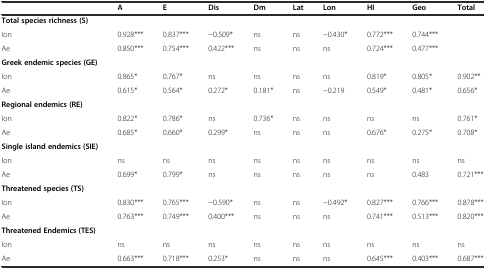
|  | A | E | Dis | Dm | Lat | Lon | HI | Geo | Total |
 | --- | --- | --- | --- | --- | --- | --- | --- | --- | --- |
 | Total species richness (S) | <COLSPAN=9>  |
 | Ion | 0.928*** | 0.837*** | -0.509* | ns | ns | -0.430* | 0.772*** | 0.744*** |  |
 | Ae | 0.850*** | 0.754*** | 0.422*** | ns | ns | ns | 0.724*** | 0.477*** |  |
 | Greek endemic species (GE) | <COLSPAN=9>  |
 | Ion | 0.865* | 0.767* | ns | ns | ns | ns | 0.819* | 0.805* | 0.902** |
 | Ae | 0.615* | 0.564* | 0.272* | 0.181* | ns | -0.219 | 0.549* | 0.481* | 0.656* |
 | Regional endemics (RE) | <COLSPAN=9>  |
 | Ion | 0.822* | 0.786* | ns | 0.736* | ns | ns | ns | ns | 0.761* |
 | Ae | 0.685* | 0.660* | 0.299* | ns | ns | ns | 0.676* | 0.275* | 0.708* |
 | Single island endemics (SIE) | <COLSPAN=9>  |
 | Ion | ns | ns | ns | ns | ns | ns | ns | ns | ns |
 | Ae | 0.699* | 0.799* | ns | ns | ns | ns | ns | 0.483 | 0.721*** |
 | Threatened species (TS) | <COLSPAN=9>  |
 | Ion | 0.830*** | 0.765*** | -0.590* | ns | ns | -0.492* | 0.827*** | 0.766*** | 0.878*** |
 | Ae | 0.763*** | 0.749*** | 0.400*** | ns | ns | ns | 0.741*** | 0.513*** | 0.820*** |
 | Threatened Endemics (TES) | <COLSPAN=9>  |
 | Ion | ns | ns | ns | ns | ns | ns | ns | ns | ns |
 | Ae | 0.663*** | 0.718*** | 0.253* | ns | ns | ns | 0.645*** | 0.403*** | 0.687*** |